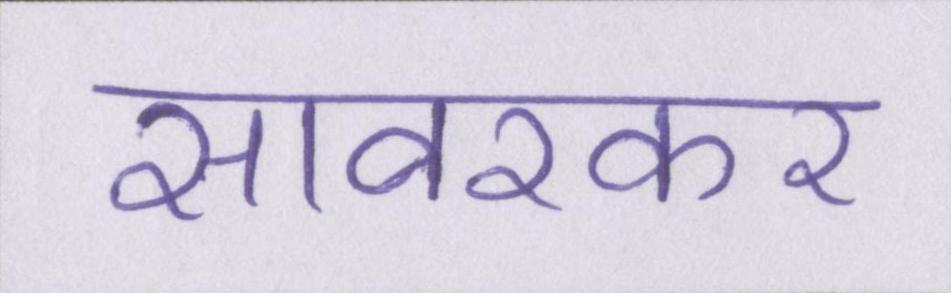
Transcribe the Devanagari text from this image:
सावरकर